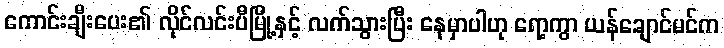
ကောင်းချီးပေး၏ လိုင်လင်းပီမြို့နှင့် လက်သွားပြီး နေမှာပါဟု ရော့ကွာ ယန်ချောင်မင်က